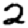
Digit: 2